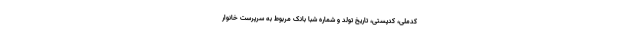
کدملی، کدپستی، تاریخ تولد و شماره شبا بانک مربوط به سرپرست خانوار